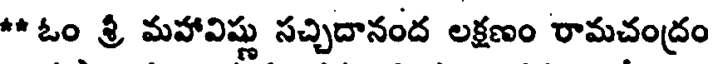
** ఓం శ్రీ మహావిష్ణు సచ్చిదానంద లక్షణం రామచంద్రం